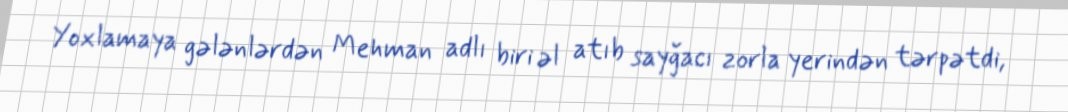
Yoxlamaya gələnlərdən Mehman adlı biri əl atıb sayğacı zorla yerindən tərpətdi,